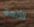
الألهة